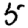
Digit: 5